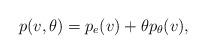
LaTeX: \begin{align*}p(v,\theta)=p_e(v) + \theta p_\theta(v),\end{align*}